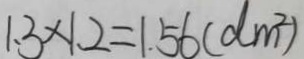
1 . 3 \times 1 . 2 = 1 . 5 6 ( d m ^ { 2 } )